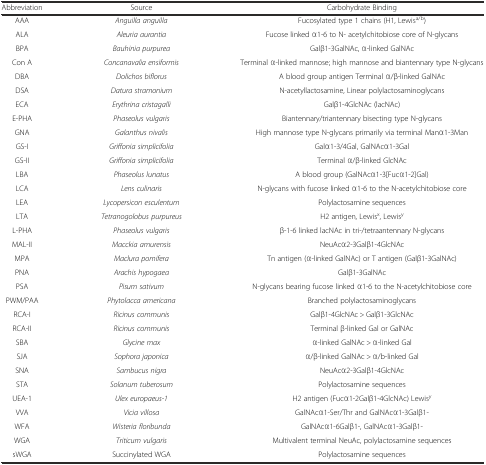
<table><thead><tr><td><b>Abbreviation</b></td><td><b>Source</b></td><td><b>Carbohydrate Binding</b></td></tr></thead><tbody><tr><td>AAA</td><td><i>Anguilla anguilla</i></td><td>Fucosylated type 1 chains (H1, Lewis<sup>a/b</sup>)</td></tr><tr><td>ALA</td><td><i>Aleuria aurantia</i></td><td>Fucose linked α1-6 to N- acetylchitobiose core of N-glycans</td></tr><tr><td>BPA</td><td><i>Bauhinia purpurea</i></td><td>Galβ1-3GalNAc, α-linked GalNAc</td></tr><tr><td>Con A</td><td><i>Concanavalia ensiformis</i></td><td>Terminal α-linked mannose; high mannose and biantennary type N-glycans</td></tr><tr><td>DBA</td><td><i>Dolichos biflorus</i></td><td>A blood group antigen Terminal α/β-linked GalNAc</td></tr><tr><td>DSA</td><td><i>Datura stramonium</i></td><td>N-acetyllactosamine, Linear polylactosaminoglycans</td></tr><tr><td>ECA</td><td><i>Erythrina cristagalli</i></td><td>Galβ1-4GlcNAc (lacNAc)</td></tr><tr><td>E-PHA</td><td><i>Phaseolus vulgaris</i></td><td>Biantennary/triantennary bisecting type N-glycans</td></tr><tr><td>GNA</td><td><i>Galanthus nivalis</i></td><td>High mannose type N-glycans primarily via terminal Manα1-3Man</td></tr><tr><td>GS-I</td><td><i>Griffonia simplicifolia</i></td><td>Galα1-3/4Gal, GalNAcα1-3Gal</td></tr><tr><td>GS-II</td><td><i>Griffonia simplicifolia</i></td><td>Terminal α/β-linked GlcNAc</td></tr><tr><td>LBA</td><td><i>Phaseolus lunatus</i></td><td>A blood group (GalNAcα1-3[Fucα1-2]Gal)</td></tr><tr><td>LCA</td><td><i>Lens culinaris</i></td><td>N-glycans with fucose linked α1-6 to the N-acetylchitobiose core</td></tr><tr><td>LEA</td><td><i>Lycopersicon esculentum</i></td><td>Polylactosamine sequences</td></tr><tr><td>LTA</td><td><i>Tetranogolobus purpureus</i></td><td>H2 antigen, Lewis<sup>x</sup>, Lewis<sup>y</sup></td></tr><tr><td>L-PHA</td><td><i>Phaseolus vulgaris</i></td><td>β-1-6 linked lacNAc in tri-/tetraantennary N-glycans</td></tr><tr><td>MAL-II</td><td><i>Macckia amurensis</i></td><td>NeuAcα2-3Galβ1-4GlcNAc</td></tr><tr><td>MPA</td><td><i>Maclura pomifera</i></td><td>Tn antigen (α-linked GalNAc) or T antigen (Galβ1-3GalNAc)</td></tr><tr><td>PNA</td><td><i>Arachis hypogaea</i></td><td>Galβ1-3GalNAc</td></tr><tr><td>PSA</td><td><i>Pisum sativum</i></td><td>N-glycans bearing fucose linked α1-6 to the N-acetylchitobiose core</td></tr><tr><td>PWM/PAA</td><td><i>Phytolacca americana</i></td><td>Branched polylactosaminoglycans</td></tr><tr><td>RCA-I</td><td><i>Ricinus communis</i></td><td>Galβ1-4GlcNAc &gt; Galβ1-3GlcNAc</td></tr><tr><td>RCA-II</td><td><i>Ricinus communis</i></td><td>Terminal β-linked Gal or GalNAc</td></tr><tr><td>SBA</td><td><i>Glycine max</i></td><td>α-linked GalNAc &gt; α-linked Gal</td></tr><tr><td>SJA</td><td><i>Sophora japonica</i></td><td>α/β-linked GalNAc &gt; α/b-linked Gal</td></tr><tr><td>SNA</td><td><i>Sambucus nigra</i></td><td>NeuAcα2-3Galβ1-4GlcNAc</td></tr><tr><td>STA</td><td><i>Solanum tuberosum</i></td><td>Polylactosamine sequences</td></tr><tr><td>UEA-1</td><td><i>Ulex europaeus-1</i></td><td>H2 antigen (Fucα1-2Galβ1-4GlcNAc) Lewis<sup>y</sup></td></tr><tr><td>VVA</td><td><i>Vicia villosa</i></td><td>GalNAcα1-Ser/Thr and GalNAcα1-3Galβ1-</td></tr><tr><td>WFA</td><td><i>Wisteria floribunda</i></td><td>GalNAcα1-6Galβ1-, GalNAcα1-3Galβ1-</td></tr><tr><td>WGA</td><td><i>Triticum vulgaris</i></td><td>Multivalent terminal NeuAc, polylactosamine sequences</td></tr><tr><td>sWGA</td><td>Succinylated WGA</td><td>Polylactosamine sequences</td></tr></tbody></table>